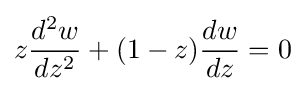
z{\frac {d^{2}w}{dz^{2}}}+(1-z){\frac {dw}{dz}}=0